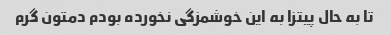
تا به حال پیتزا به این خوشمزگی نخورده بودم دمتون گرم